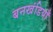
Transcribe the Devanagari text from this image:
बनखंडियाँ